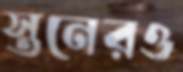
স্তনেরও